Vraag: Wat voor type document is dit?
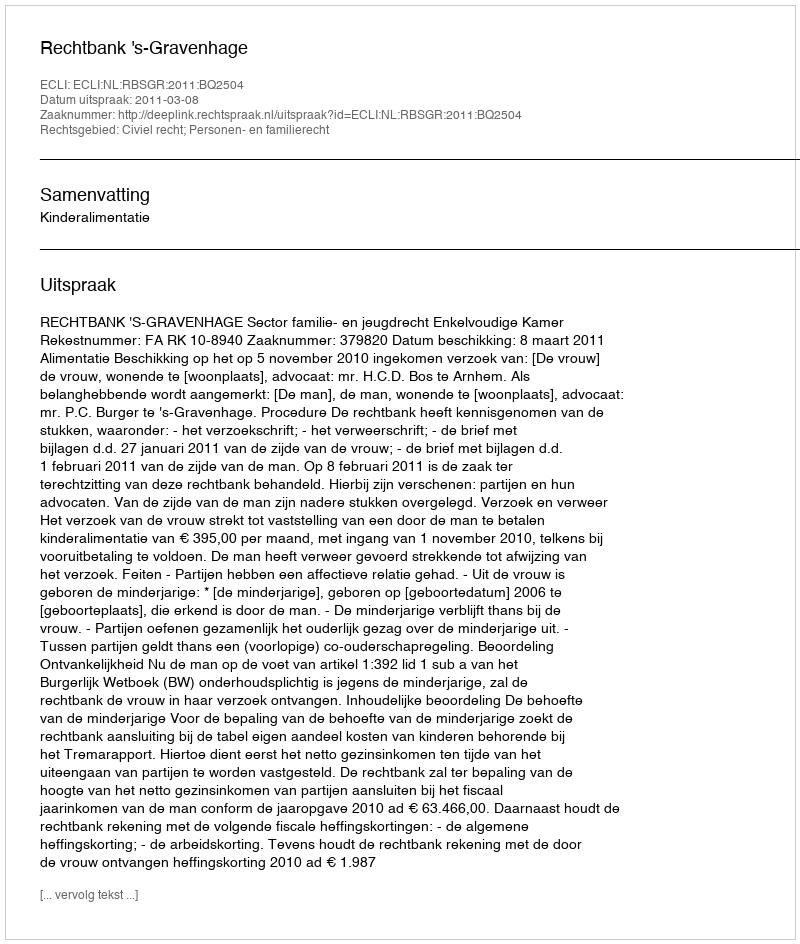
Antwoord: Uitspraak